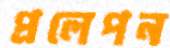
প্রলেপন